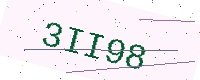
Text: 3II98